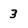
Character: 3